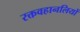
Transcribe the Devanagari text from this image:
रक्तवहानलियों